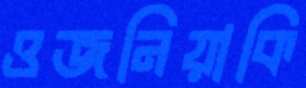
ওজনিয়াকি